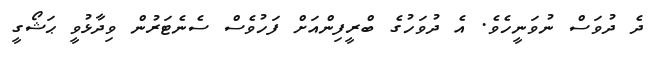
ދެ ދުވަސް ނުވަނީހެވެ. އެ ދުވަހުގެ ބްރީފިންއަށް ފަހުވެސް ސެނެޓަރުން ވިދާޅުވީ ޙަޝޯގީ